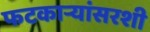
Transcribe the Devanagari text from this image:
फटकाऱ्यांसरशी